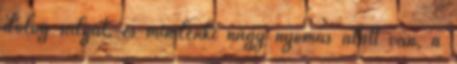
dolog súlyát, és mindenki nagy nyomás alatt van, a